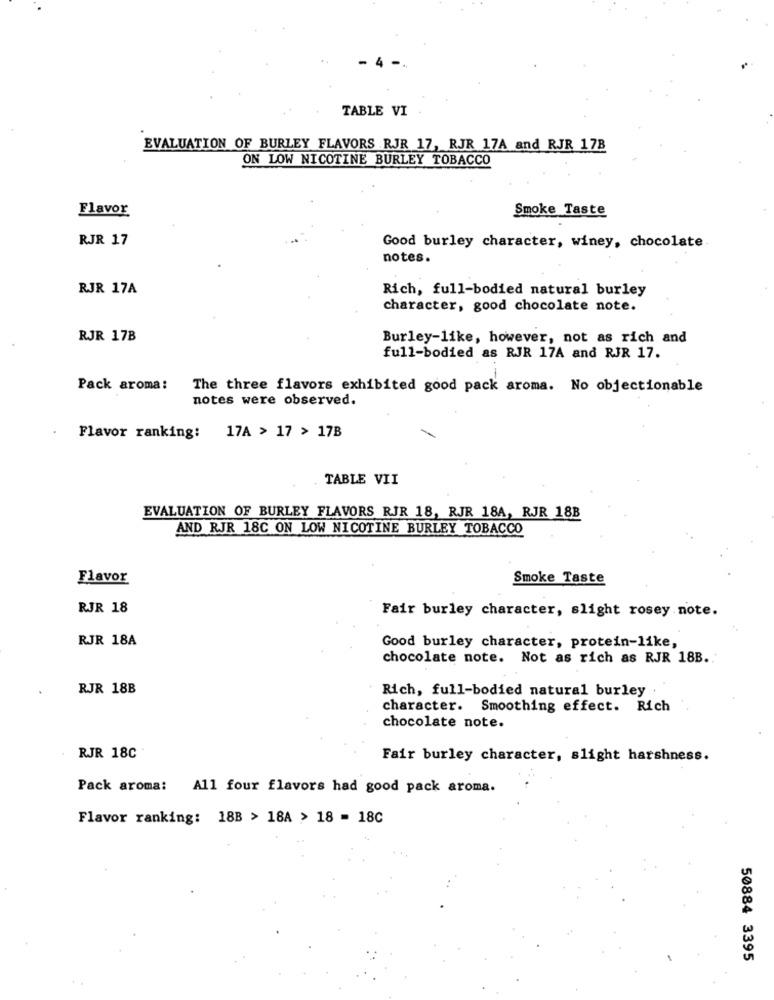
TABLE VI
EVALUATION OF BURLEY FLAVORS RJR 17, RJR 17A and RJR 17B
ON LOW NICOTINE BURLEY TOBACCO
Flavor
Smoke Taste
RJR 17
Good burley character, winey, chocolate
notes.
RJR 17A
Rich, full-bodied natural burley
character, good chocolate note.
RJR 17B
Burley-like, however, not as rich and
full-bodied as RJR 17A and RJR 17.
Pack aroma:
The three flavors exhibited good pack aroma. No objectionable
notes were observed.
Flavor ranking: 17A > 17 > 17B
TABLE VII
EVALUATION OF BURLEY FLAVORS RJR 18, RJR 18A, RJR 18B
AND RJR 18C ON LOW NICOTINE BURLEY TOBACCO
Flavor
Smoke Taste
RJR 18
Fair burley character, slight rosey note.
RJR 18A
Good burley character, protein-like,
chocolate note. Not as rich as RJR 18B ..
RJR 18B
Rich, full-bodied natural burley
character. Smoothing effect. Rich
chocolate note.
RJR 18C
Fair burley character, slight harshness.
Pack aroma: All four flavors had good pack aroma.
Flavor ranking: 18B > 18A > 18 = 18C
50884 3395